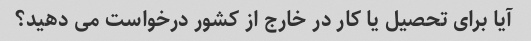
آیا برای تحصیل یا کار در خارج از کشور درخواست می دهید؟